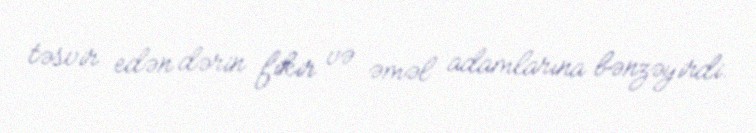
təsvir edən dərin fikir və əməl adamlarına bənzəyirdi.